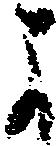
よ